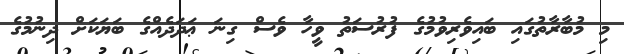
މި މުބާރާތުގައި ބައިވެރިވުމުގެ ފުރުސަތު ވީހާ ވެސް ގިނަ ޢަދަދެއްގެ ބަޔަކަށް ދިނުމުގެ